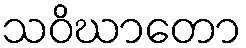
သဝိဃာတော